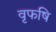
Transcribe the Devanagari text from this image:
वृफषि